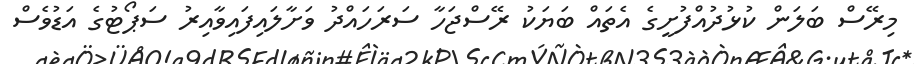
މިރޭސް ބަލަން ކުޅުދުއްފުށީގެ އެތައް ބަޔަކު ރޭސްޖަހާ ސަރަހައްދު ވަށާލައިފައިވާއިރު ސަޕޯޓުގެ އަޑުވެސް